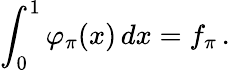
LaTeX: \int_{0}^{1}\varphi_{\pi}(x)\, dx=f_{\pi}\, .